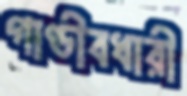
গাণ্ডীবধারী